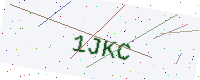
Text: 1JKC